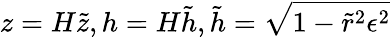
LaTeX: z=H\tilde{z},h=H\tilde{h},\tilde{h}=\sqrt{1-\tilde{r}^{2}\epsilon^{2}}